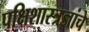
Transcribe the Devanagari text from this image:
पक्षिशास्त्रज्ञांचे